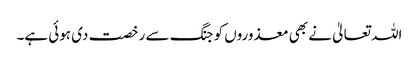
اللہ تعالیٰ نے بھی معذوروں کو جنگ سے رخصت دی ہوئی ہے۔